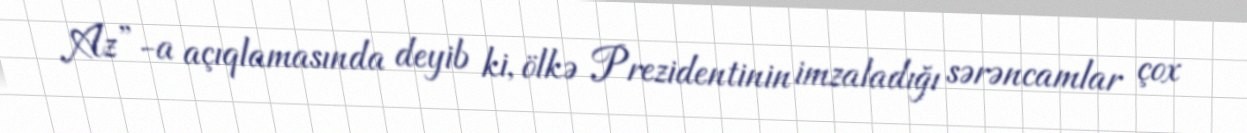
Az”-a açıqlamasında deyib ki, ölkə Prezidentinin imzaladığı sərəncamlar çox